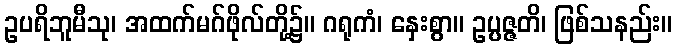
ဥပရိဘူမီသု၊ အထက်မဂ်ဖိုလ်တို့၌။ ဂရုကံ၊ နှေးစွာ။ ဥပ္ပဇ္ဇတိ၊ ဖြစ်သနည်း။